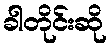
ခါတိုင်းဆို